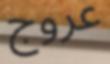
عروج